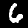
Digit: 6